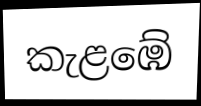
කැළඹේ